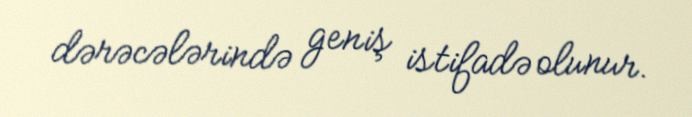
dərəcələrində geniş istifadə olunur.